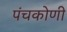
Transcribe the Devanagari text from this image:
पंचकोणी